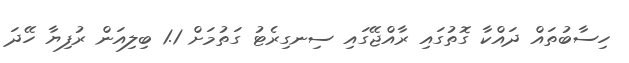
ހިސާބުތައް ދައްކާ ގޮތުގައި ރާއްޖޭގައި ސިނގިރެޓު ގަތުމަށް 1.1 ބިލިއަން ރުފިޔާ ހޭދަ